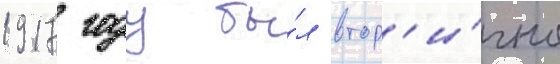
1917 году бы́л втор'и́чно